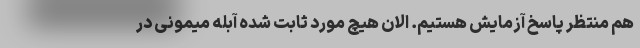
هم منتظر پاسخ آزمایش هستیم. الان هیچ مورد ثابت شده آبله میمونی در